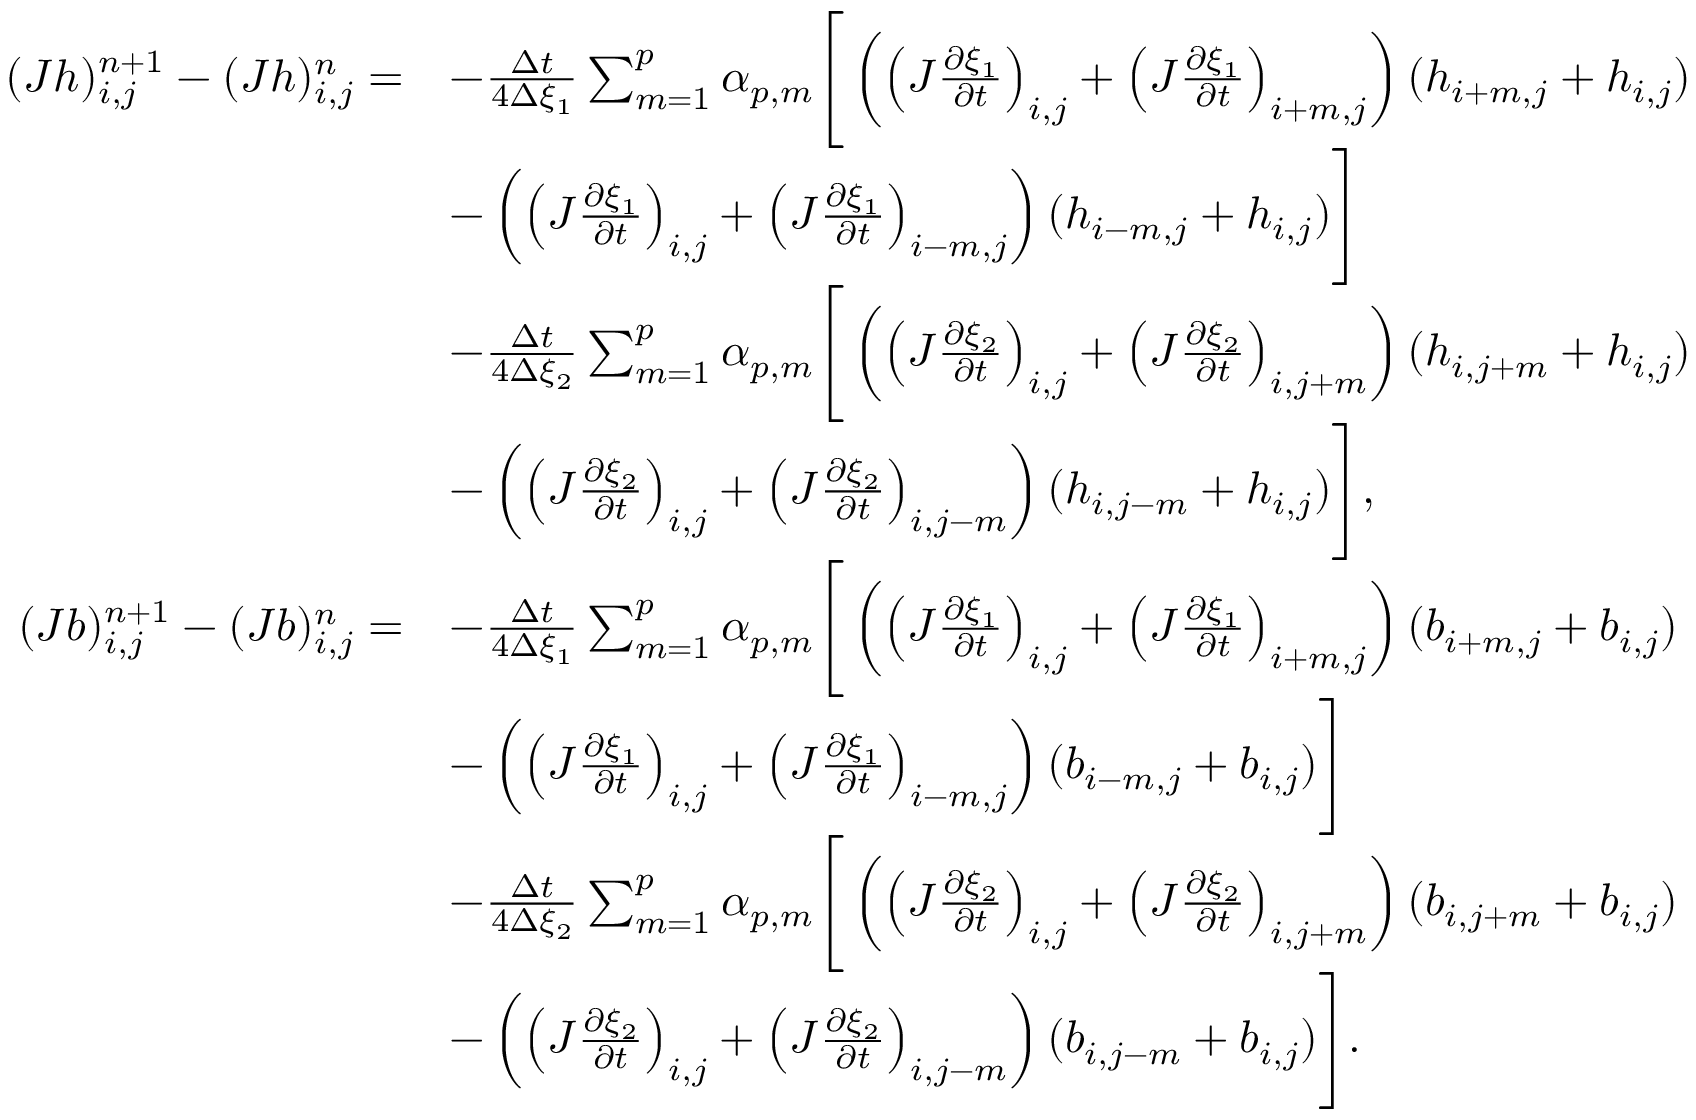
\begin{array} { r l } { ( J h ) _ { i , j } ^ { n + 1 } - ( J h ) _ { i , j } ^ { n } = } & { - \frac { \Delta t } { 4 \Delta { \xi _ { 1 } } } \sum _ { m = 1 } ^ { p } \alpha _ { p , m } \Bigg [ \left( \left( J \frac { \partial \xi _ { 1 } } { \partial t } \right) _ { i , j } + \left( J \frac { \partial \xi _ { 1 } } { \partial t } \right) _ { i + m , j } \right) ( h _ { i + m , j } + h _ { i , j } ) } \\ & { - \left( \left( J \frac { \partial \xi _ { 1 } } { \partial t } \right) _ { i , j } + \left( J \frac { \partial \xi _ { 1 } } { \partial t } \right) _ { i - m , j } \right) ( h _ { i - m , j } + h _ { i , j } ) \Bigg ] } \\ & { - \frac { \Delta t } { 4 \Delta { \xi _ { 2 } } } \sum _ { m = 1 } ^ { p } \alpha _ { p , m } \Bigg [ \left( \left( J \frac { \partial \xi _ { 2 } } { \partial t } \right) _ { i , j } + \left( J \frac { \partial \xi _ { 2 } } { \partial t } \right) _ { i , j + m } \right) ( h _ { i , j + m } + h _ { i , j } ) } \\ & { - \left( \left( J \frac { \partial \xi _ { 2 } } { \partial t } \right) _ { i , j } + \left( J \frac { \partial \xi _ { 2 } } { \partial t } \right) _ { i , j - m } \right) ( h _ { i , j - m } + h _ { i , j } ) \Bigg ] , } \\ { ( J b ) _ { i , j } ^ { n + 1 } - ( J b ) _ { i , j } ^ { n } = } & { - \frac { \Delta t } { 4 \Delta { \xi _ { 1 } } } \sum _ { m = 1 } ^ { p } \alpha _ { p , m } \Bigg [ \left( \left( J \frac { \partial \xi _ { 1 } } { \partial t } \right) _ { i , j } + \left( J \frac { \partial \xi _ { 1 } } { \partial t } \right) _ { i + m , j } \right) ( b _ { i + m , j } + b _ { i , j } ) } \\ & { - \left( \left( J \frac { \partial \xi _ { 1 } } { \partial t } \right) _ { i , j } + \left( J \frac { \partial \xi _ { 1 } } { \partial t } \right) _ { i - m , j } \right) ( b _ { i - m , j } + b _ { i , j } ) \Bigg ] } \\ & { - \frac { \Delta t } { 4 \Delta { \xi _ { 2 } } } \sum _ { m = 1 } ^ { p } \alpha _ { p , m } \Bigg [ \left( \left( J \frac { \partial \xi _ { 2 } } { \partial t } \right) _ { i , j } + \left( J \frac { \partial \xi _ { 2 } } { \partial t } \right) _ { i , j + m } \right) ( b _ { i , j + m } + b _ { i , j } ) } \\ & { - \left( \left( J \frac { \partial \xi _ { 2 } } { \partial t } \right) _ { i , j } + \left( J \frac { \partial \xi _ { 2 } } { \partial t } \right) _ { i , j - m } \right) ( b _ { i , j - m } + b _ { i , j } ) \Bigg ] . } \end{array}